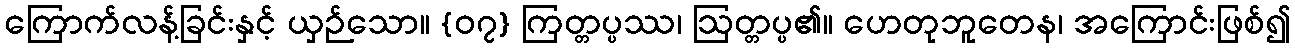
ကြောက်လန့်ခြင်းနှင့် ယှဉ်သော။ {၀၇} ကြတ္တပ္ပဿ၊ ဩတ္တပ္ပ၏။ ဟေတုဘူတေန၊ အကြောင်းဖြစ်၍